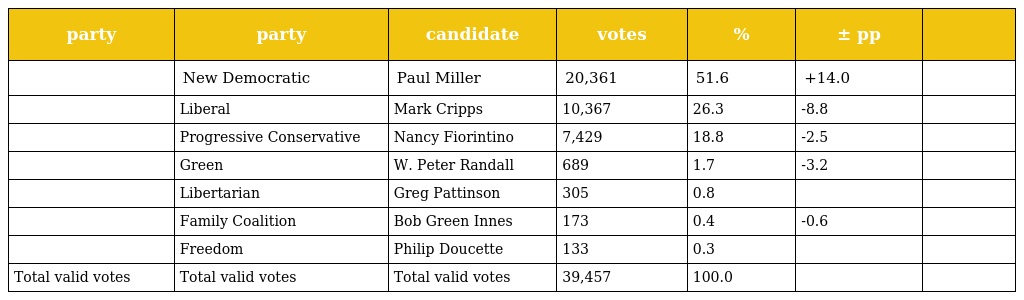
| party | party | candidate | votes | % | ± pp |  |
 | --- | --- | --- | --- | --- | --- | --- |
 |  | New Democratic | Paul Miller | 20,361 | 51.6 | +14.0 |  |
 |  | Liberal | Mark Cripps | 10,367 | 26.3 | -8.8 |  |
 |  | Progressive Conservative | Nancy Fiorintino | 7,429 | 18.8 | -2.5 |  |
 |  | Green | W. Peter Randall | 689 | 1.7 | -3.2 |  |
 |  | Libertarian | Greg Pattinson | 305 | 0.8 |  |  |
 |  | Family Coalition | Bob Green Innes | 173 | 0.4 | -0.6 |  |
 |  | Freedom | Philip Doucette | 133 | 0.3 |  |  |
 | Total valid votes | Total valid votes | Total valid votes | 39,457 | 100.0 |  |  |